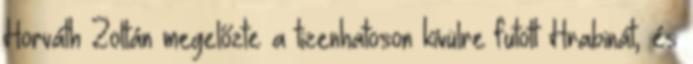
Horváth Zoltán megelőzte a tizenhatoson kívülre futott Hrabinát, és